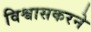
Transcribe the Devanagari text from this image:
विश्वासकरने